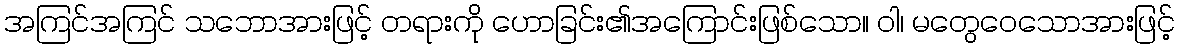
အကြင်အကြင် သဘောအားဖြင့် တရားကို ဟောခြင်း၏အကြောင်းဖြစ်သော။ ဝါ၊ မတွေဝေသောအားဖြင့်